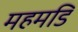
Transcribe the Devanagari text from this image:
महमडिं